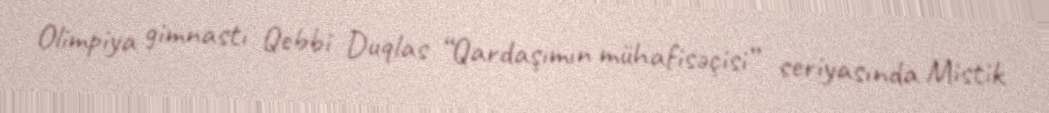
Olimpiya gimnastı Qebbi Duqlas “Qardaşımın mühafisəçisi” seriyasında Mistik